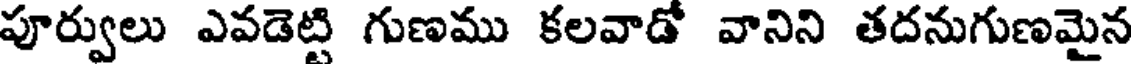
పూర్వులు ఎవడెట్టి గుణము కలవాడో వానిని తదనుగుణమైన